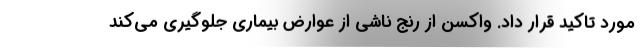
مورد تاکید قرار داد. واکسن از رنج ناشی از عوارض بیماری جلوگیری می‌کند